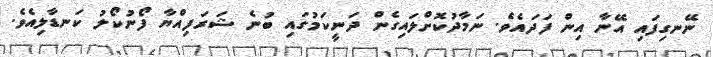
ނޭނގިފައި އޭނާ އިން ފަދައެވެ. ނަމާދުކޮށްލައިގެން ދަނީކަމުގައި ބުނެ ޝަރަފިއްޔާ ފޯނުކޯލު ކަނޑާލިއެވެ.